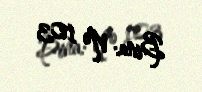
Bina: № 103